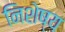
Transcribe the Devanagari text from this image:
निशेष्य